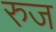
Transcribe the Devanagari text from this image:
रुज